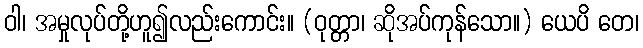
ဝါ၊ အမှုလုပ်တို့ဟူ၍လည်းကောင်း။ (ဝုတ္တာ၊ ဆိုအပ်ကုန်သော။) ယေပိ တေ၊